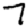
Digit: 7